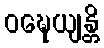
ဝဍ္ဎေယျန္တိ